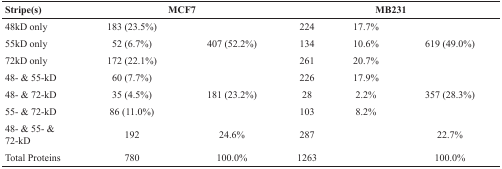
| Stripe(s) | <COLSPAN=2> MCF7 | <COLSPAN=3> MB231 |
 | --- | --- | --- | --- | --- | --- |
 | 48kD only | 183 (23.5%) | <ROWSPAN=3> 407 (52.2%) | 224 | 17.7% | <ROWSPAN=3> 619 (49.0%) |
 | 55kD only | 52 (6.7%) | 134 | 10.6% |
 | 72kD only | 172 (22.1%) | 261 | 20.7% |
 | 48- & 55-kD | 60 (7.7%) | <ROWSPAN=3> 181 (23.2%) | 226 | 17.9% | <ROWSPAN=3> 357 (28.3%) |
 | 48- & 72-kD | 35 (4.5%) | 28 | 2.2% |
 | 55- & 72-kD | 86 (11.0%) | 103 | 8.2% |
 | 48- & 55- & 72-kD | 192 | 24.6% | 287 |  | 22.7% |
 | Total Proteins | 780 | 100.0% | 1263 |  | 100.0% |